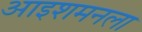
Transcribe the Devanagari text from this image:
आइशमनला